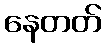
နေတတ်